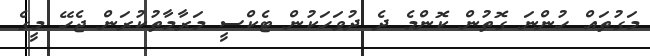
މަގުތައް ހުންނަ ގޮތުން ކޮންމެ ދެ ދުވަހަކުން ޓެކްސީ މަރާމާތުކުރަން ޖެހޭ މީގެ